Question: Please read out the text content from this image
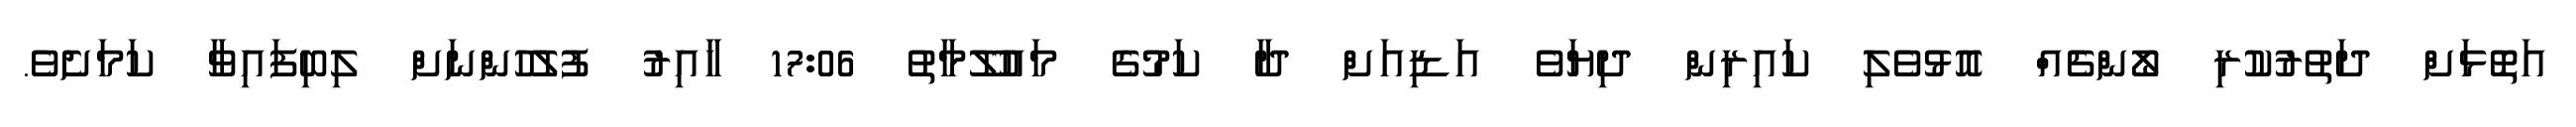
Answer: އަތޮޅަށް ދަތުރުކުރި ލޯންޗެއް އޮޅުވެލި ކައިރިން ދިޔަވެ އަޑިއަށް ދާ ކަމުގެ މައުލޫމާތު 17:06 ހާއިރު ފުލުހުންނަށް ލިބިފައިވާ ކަމަށެވެ.